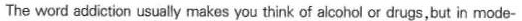
The word addiction usually makes you think of alcohol or drugs,but in mode-